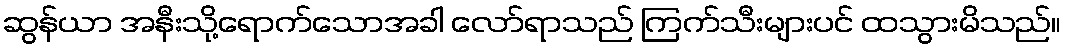
ဆွန်ယာ အနီးသို့ရောက်သောအခါ လော်ရာသည် ကြက်သီးများပင် ထသွားမိသည်။